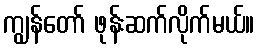
ကျွန်တော် ဖုန်းဆက်လိုက်မယ်။